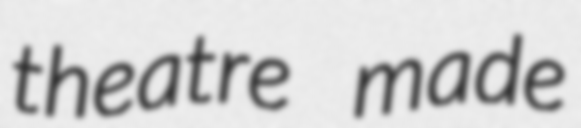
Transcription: theatre made